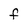
Character: f